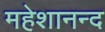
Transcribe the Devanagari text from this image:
महेशानन्द